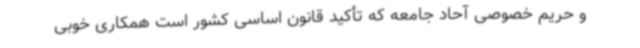
و حریم خصوصی آحاد جامعه که تأکید قانون اساسی کشور است همکاری خوبی